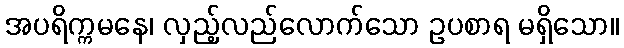
အပရိက္ကမနေ၊ လှည့်လည်လောက်သော ဥပစာရ မရှိသော။